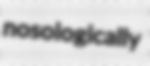
nosologically